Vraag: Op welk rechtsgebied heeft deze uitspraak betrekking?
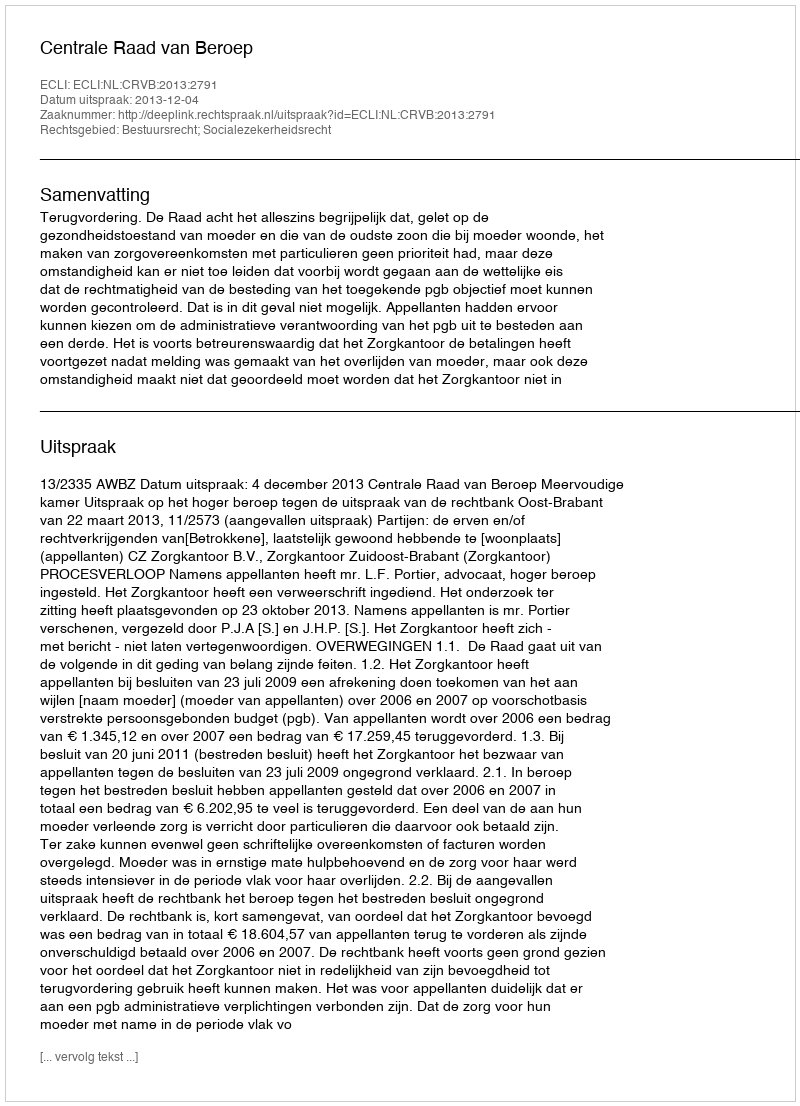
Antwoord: Bestuursrecht; Socialezekerheidsrecht